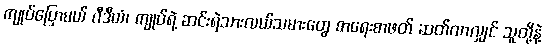
ကျုပ်ပြောမယ် ဂီဒီယံ၊ ကျုပ်ရဲ့ ဆင်းရဲသားလယ်သမားတွေ စာရေးစာဖတ် ဆတ်လာလျှင် သူတို့နဲ့